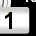
Digit: 1